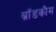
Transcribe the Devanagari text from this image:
ब्रॉडकौम